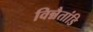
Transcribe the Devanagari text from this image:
विन्नैतांडि